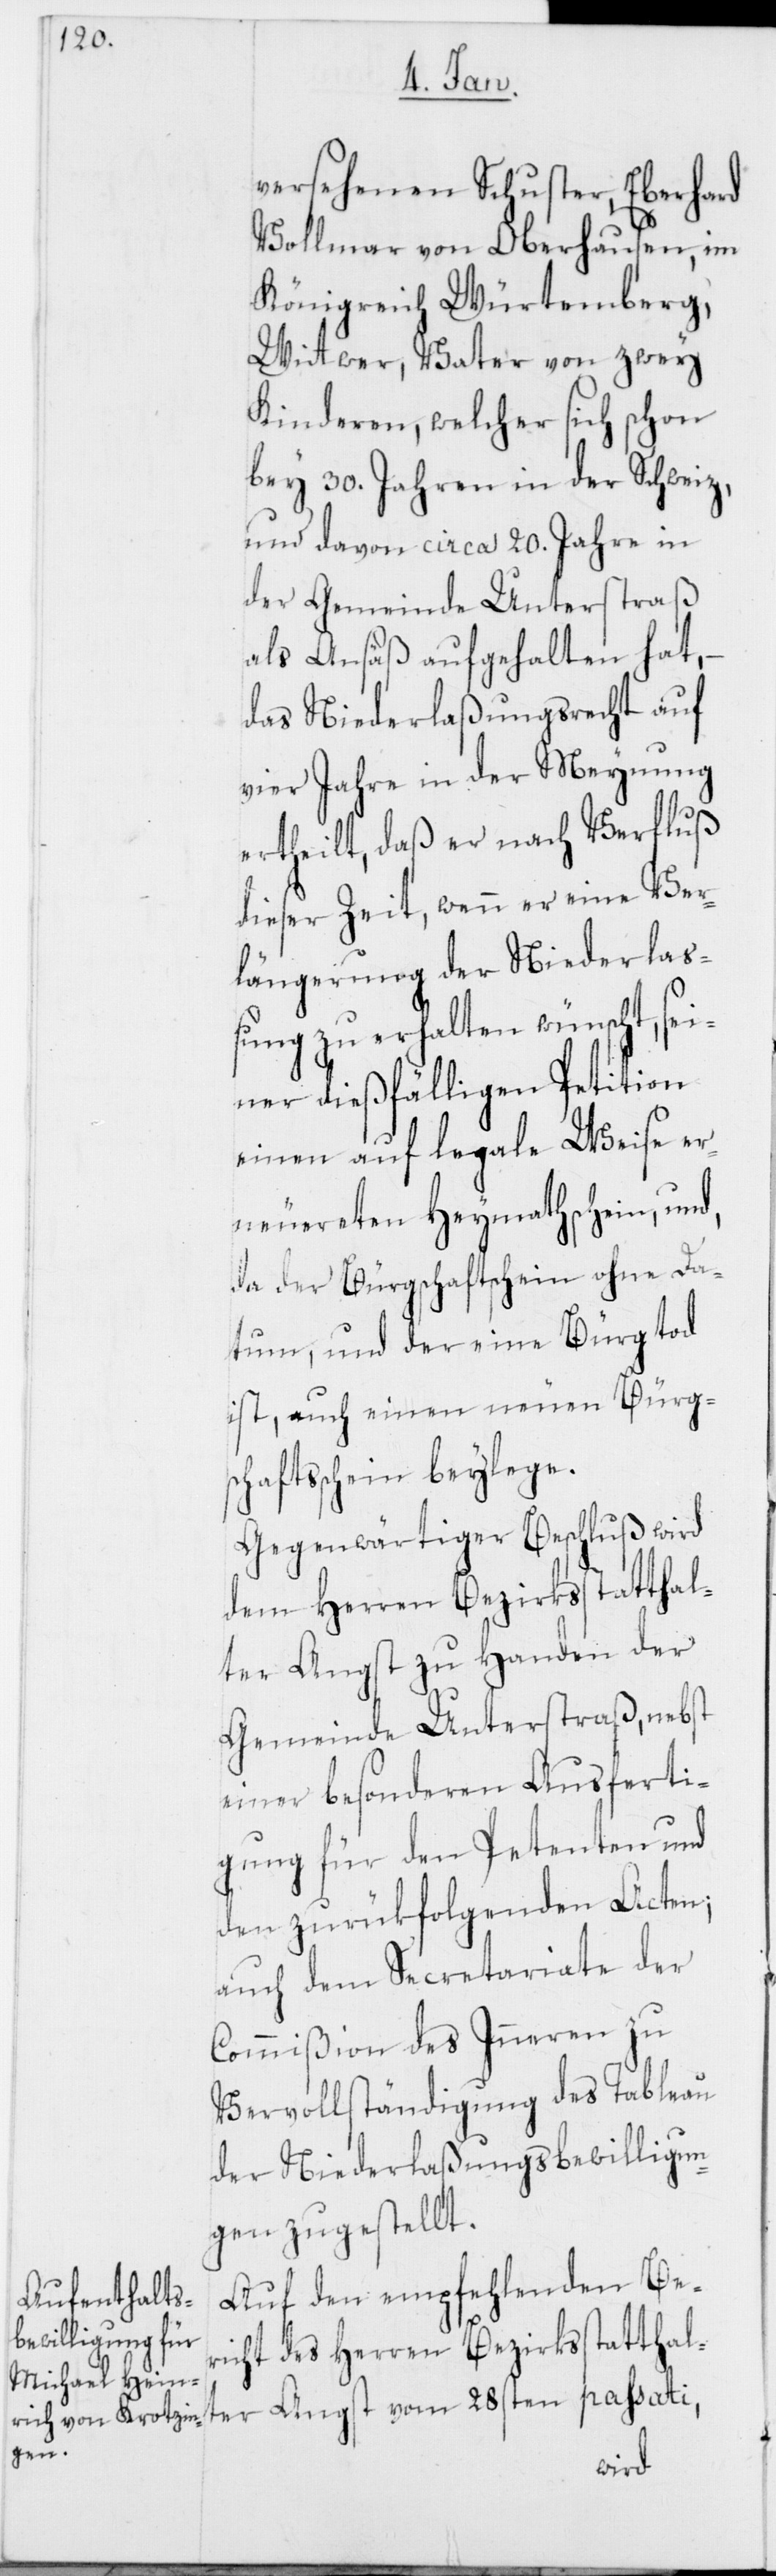
versehenen Schuster, Eberhard
Vollmar von Oberhausen, im
Königreich Würtemberg,
Wittwer, Vater von zwey
Kinderen, welcher sich schon
bey 30. Jahren in der Schweiz,
und davon circa 20. Jahre in
der Gemeinde Unterstraß
als Ansäß aufgehalten hat,
das Niederlaßungsrecht auf
vier Jahre in der Meynung
ertheilt, daß er nach Verfluß
dieser Zeit, wenn er eine Ver¬
längerung der Niederlaß¬
ung zu erhalten wünscht, sei¬
ner dießfälligen Petition
einen auf legale Weise er¬
neuerten Heymathschein, und,
da der Bürgschaftschein ohne Da¬
tum, und der eine Bürg tod
ist, auch einen neuen Bürg¬
schaftsschein beylege.
Gegenwärtiger Beschluß wird
dem Herren Bezirksstatthal¬
ter Angst zu Handen der
Gemeinde Unterstraß, nebst
einer besonderen Ausferti¬
gung für den Petenten und
den zurükfolgenden Acten;
auch dem Secretariate der
Commißion des Inneren zu
Vervollständigung des Tableau
der Niederlaßungsbewilligun¬
gen zugestellt.
Auf den empfehlenden Ber¬
icht des Herren Bezirksstatthal¬
ter